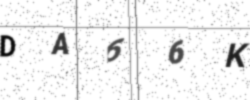
Text: DA66K